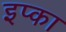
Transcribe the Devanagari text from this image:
इप्का